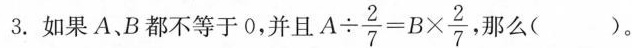
3.如果 A、B都不等于0,并且$$A \div \frac { 2 } { 7 } = B \times \frac { 2 } { 7 }$$那么( )。